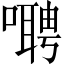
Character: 𫫺